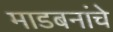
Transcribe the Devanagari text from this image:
माडबनांचे